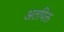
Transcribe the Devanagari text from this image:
अतपिक्त